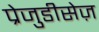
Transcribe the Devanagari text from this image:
प्रेजुडीसेज़